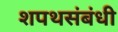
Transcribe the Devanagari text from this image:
शपथसंबंधी